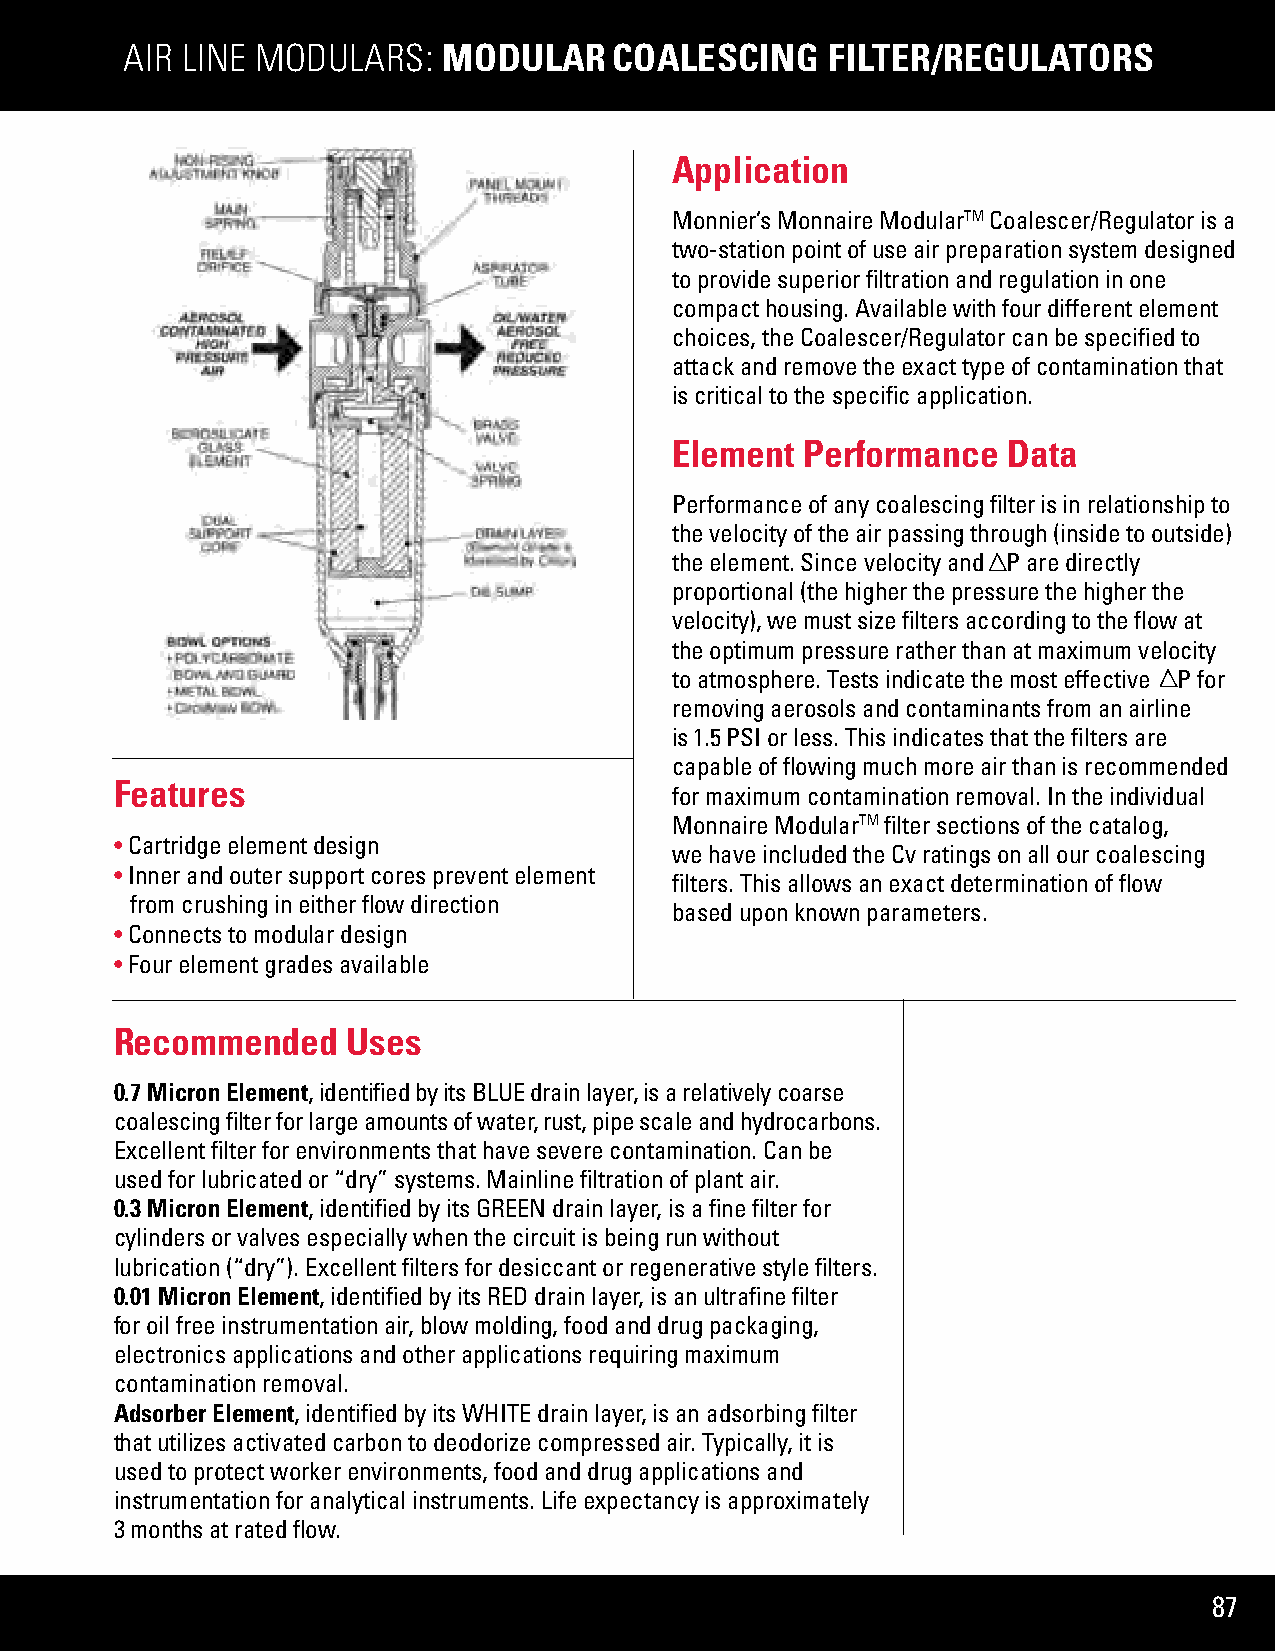
AIR LINE MODULARS:   MODULAR     COALESCING    FILTER/REGULATORS
 Application
 Monnier’s Monnaire ModularTM Coalescer/Regulator is a
 two-station point of use air preparation system designed
 to provide superior filtration and regulation in one
 compact housing. Available with four different element
 choices, the Coalescer/Regulator can be specified to
 attack and remove the exact type of contamination that
 is critical to the specific application.
 Element  Performance   Data
 Performance of any coalescing filter is in relationship to
 the velocity of the air passing through (inside to outside)
 the element. Since velocity and  P are directly
 proportional (the higher the pressure the higher the
 velocity), we must size filters according to the flow at
 the optimum pressure rather than at maximum velocity
 to atmosphere. Tests indicate the most effective  P for
 removing aerosols and contaminants from an airline
 is 1.5 PSI or less. This indicates that the filters are
 capable of flowing much more air than is recommended
 Features
 for maximum contamination removal. In the individual
 Monnaire ModularTM filter sections of the catalog,
 • Cartridge element design
 we have included the Cv ratings on all our coalescing
 • Inner and outer support cores prevent element
 filters. This allows an exact determination of flow
 from crushing in either flow direction
 based upon known parameters.
 • Connects to modular design
 • Four element grades available
 Recommended    Uses
 0.7 Micron Element, identified by its BLUE drain layer, is a relatively coarse
 coalescing filter for large amounts of water, rust, pipe scale and hydrocarbons.
 Excellent filter for environments that have severe contamination. Can be
 used for lubricated or “dry” systems. Mainline filtration of plant air.
 0.3 Micron Element, identified by its GREEN drain layer, is a fine filter for
 cylinders or valves especially when the circuit is being run without
 lubrication (“dry”). Excellent filters for desiccant or regenerative style filters.
 0.01 Micron Element, identified by its RED drain layer, is an ultrafine filter
 for oil free instrumentation air, blow molding, food and drug packaging,
 electronics applications and other applications requiring maximum
 contamination removal.
 Adsorber Element, identified by its WHITE drain layer, is an adsorbing filter
 that utilizes activated carbon to deodorize compressed air. Typically, it is
 used to protect worker environments, food and drug applications and
 instrumentation for analytical instruments. Life expectancy is approximately
 3 months at rated flow.
 87